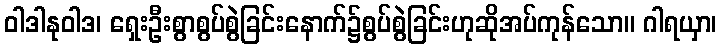
ဝါဒါနုဝါဒ၊ ရှေးဦးစွာစွပ်စွဲခြင်းနောက်၌စွပ်စွဲခြင်းဟုဆိုအပ်ကုန်သော။ ဂါရယှာ၊